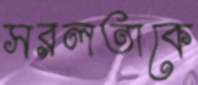
সরলতাকে